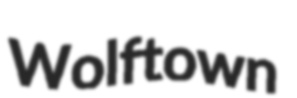
Wolftown